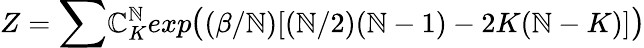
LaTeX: Z={\large\sum}\mathbb{C}_{K}^{\mathbb{N}}exp{\large(}(\beta/\mathbb{N})[(\mathbb{N}/2)(\mathbb{N}-1)-2K(\mathbb{N}-K)]{\large)}